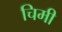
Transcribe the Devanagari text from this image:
चिमी